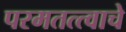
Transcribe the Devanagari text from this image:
परमतत्त्वाचे